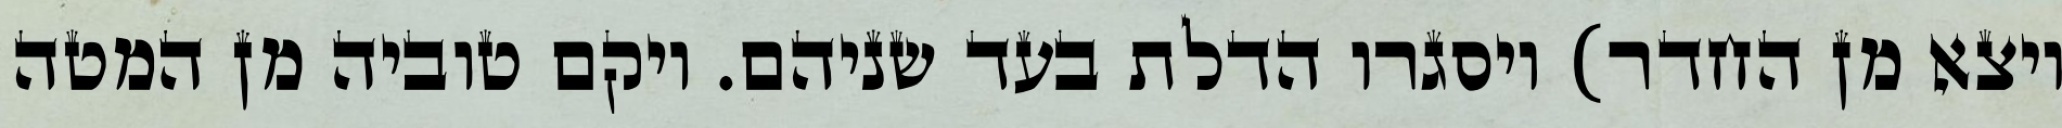
ויצא מן החדר) ויסגרו הדלת בעד שניהם. ויקם טוביה מן המטה